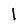
Character: l